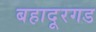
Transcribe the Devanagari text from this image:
बहादूरगड